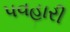
પવહારી